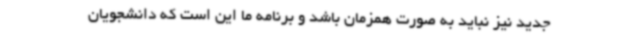
جدید نیز نباید به صورت همزمان باشد و برنامه ما این است که دانشجویان